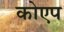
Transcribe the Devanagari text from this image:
कोएप